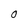
Character: 0